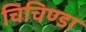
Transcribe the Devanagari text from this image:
चिचिण्डा